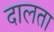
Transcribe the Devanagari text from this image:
दालता